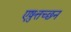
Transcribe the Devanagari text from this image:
एष़ुत्तच्छन